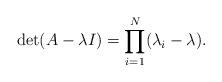
LaTeX: \begin{align*} \det ( A - \lambda I ) = \prod_{i = 1}^{N} ( \lambda _{i} - \lambda ). \end{align*}